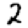
Digit: 2